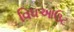
વિધઆઉટ